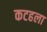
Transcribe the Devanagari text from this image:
कटहला